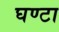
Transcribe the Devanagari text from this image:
घण्‍टा